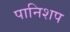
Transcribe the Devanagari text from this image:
पानिशप